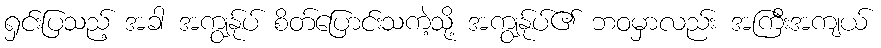
ရှင်းပြသည့် အခါ အကျွန်ုပ် စိတ်ပြောင်းသကဲ့သို့ အကျွန်ုပ်၏ ဘဝမှာလည်း အကြီးအကျယ်